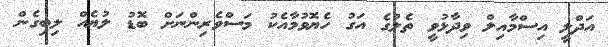
އަދްލީ އިސްމާއިލް ވިދާޅުވީ ތެލުގެ އަގު ހެޔޮވުމާއެކު މަސްވެރިންނަށް ބޮޑު ލުޔެއް ލިބިގެން